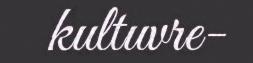
kultuvre-